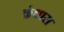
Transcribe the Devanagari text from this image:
कंधारा